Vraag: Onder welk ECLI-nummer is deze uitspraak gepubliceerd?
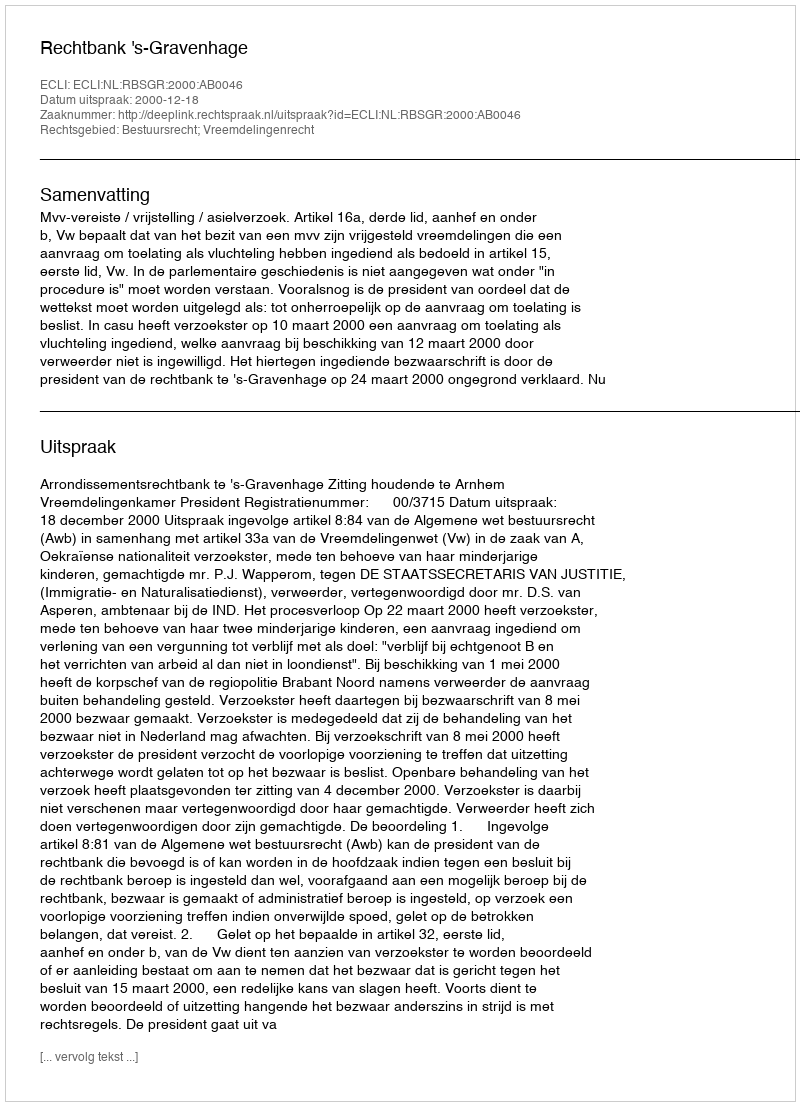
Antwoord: ECLI:NL:RBSGR:2000:AB0046